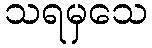
သရမှသေ